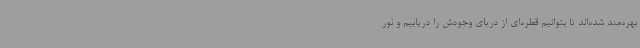
بهره‌مند شده‌اند تا بتوانیم قطره‌ای از دریای وجودش را دریابیم و نور